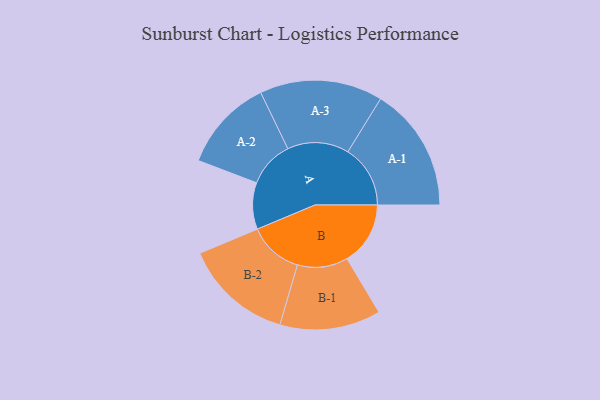
{"axis": {"x": "Segment", "y": "Value"}, "legend": ["", "A", "B"], "data": [{"x": "A", "y": 207, "type": ""}, {"x": "B", "y": 281, "type": ""}, {"x": "A-1", "y": 277, "type": "A"}, {"x": "A-2", "y": 206, "type": "A"}, {"x": "A-3", "y": 273, "type": "A"}, {"x": "B-1", "y": 224, "type": "B"}, {"x": "B-2", "y": 242, "type": "B"}]}